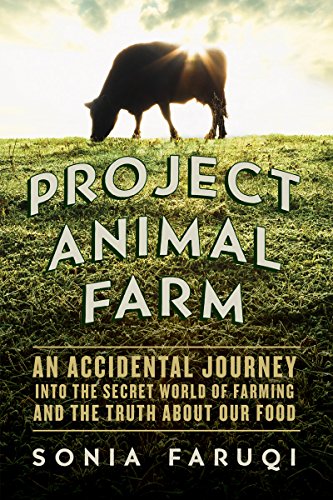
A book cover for Project Animal Farm: An Accidental Journey into the Secret World of Farming and the Truth About Our Food; Sonia Faruqi; Science & Math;